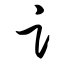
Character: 讠